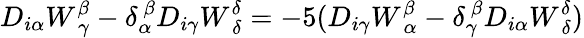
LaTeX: D_{i\alpha}W_{~\gamma}^{\beta}-\delta_{\alpha}^{~\beta}D_{i\gamma}W_{~\delta}^{\delta}=-5(D_{i\gamma}W_{~\alpha}^{\beta}-\delta_{\gamma}^{~\beta}D_{i\alpha}W_{~\delta}^{\delta})